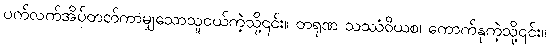
ပက်လက်အိပ်တတ်ကာမျှသောသူငယ်ကဲ့သို့၎င်း။ တရုဏ သဿံဝိယစ၊ ကောက်နုကဲ့သို့၎င်း။